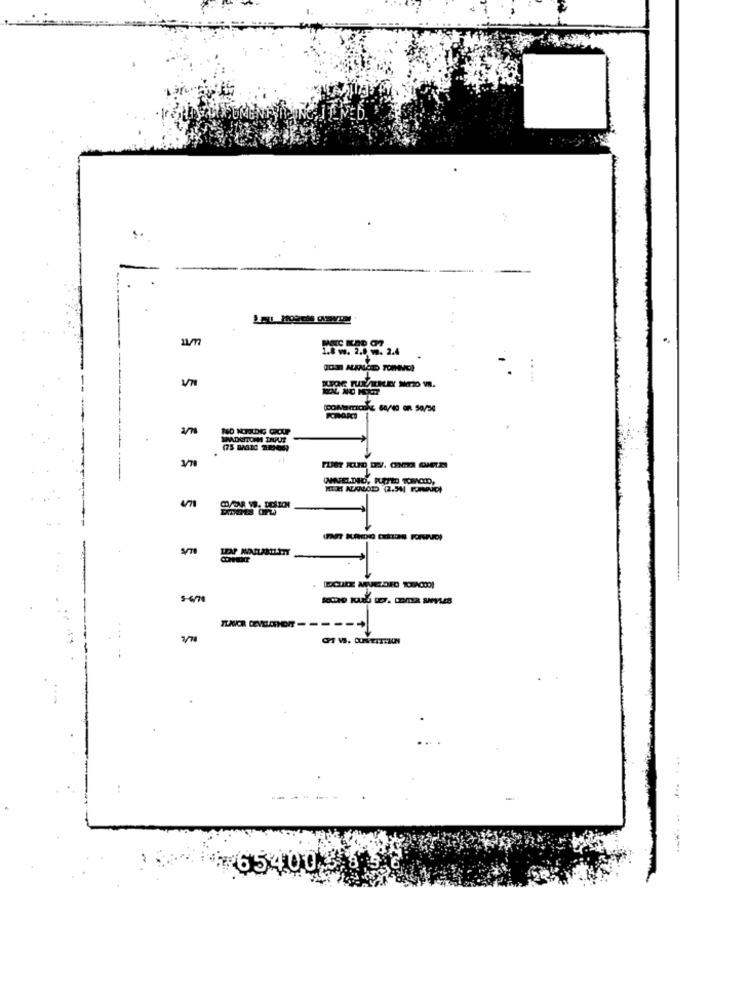
1.8 w. 2.0 9. 2.4
V7
2/7
SADSTORM THOUS
ONNIVELDIO, RATED TOMOID,
MTJE NEANLODD (2.54] FUNDUCI
$ 6/70
--
7/78
65400